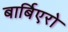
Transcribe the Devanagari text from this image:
बार्बिएरो